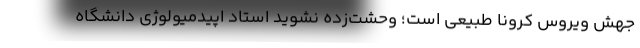
جهش ویروس کرونا طبیعی است؛ وحشت‌‌زده نشوید استاد اپیدمیولوژی دانشگاه